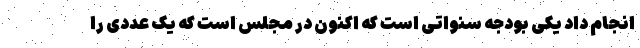
انجام داد یکی بودجه سنواتی است که اکنون در مجلس است که یک عددی را